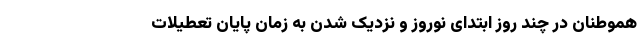
هموطنان در چند روز ابتدای نوروز و نزدیک شدن به زمان پایان تعطیلات